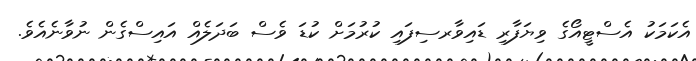
އެކަމަކު އެސްޓީއޯގެ ވިޔަފާރި ޑައިވާރސިފައި ކުރުމަށް ކުޑަ ވެސް ބަދަލެއް އައިސްގެން ނުވާނެއެވެ.